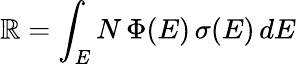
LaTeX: \mathbb{R}=\int_{E}N\, \Phi(E)\, \sigma(E)\, dE